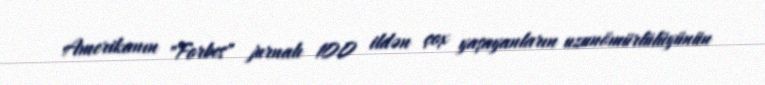
Amerikanın "Forbes" jurnalı 100 ildən çox yaşayanların uzunömürlülüyünün